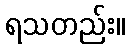
ရသတည်း။